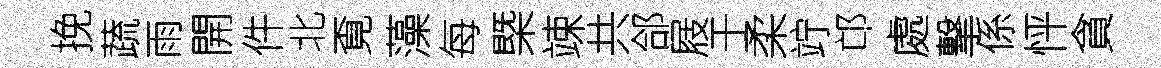
挽蔬雨開件北覔藻每㮣竦共郃屐于柔竚邙處撃係怦貪